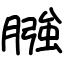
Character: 膙